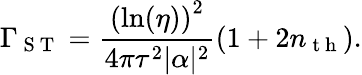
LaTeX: \Gamma_{\mathrm{~S~T~}}=\frac{\left(\ln(\eta)\right)^{2}}{4\pi\tau^{2}|\alpha|^{2}}(1+2n_{\mathrm{~t~h~}}).